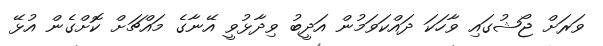
ވަރަށް ޖޯޝުގައި ވާހަކަ ދައްކަވަމުން އަދީބު ވިދާޅުވީ އޭނާގެ މައްޗަށް ކޮށްގެން އުޅޭ